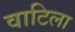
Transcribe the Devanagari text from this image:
वाटिला